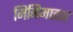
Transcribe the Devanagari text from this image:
मिनिमाइझ